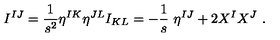
I ^ { I J } = \frac { 1 } { s ^ { 2 } } \eta ^ { I K } \eta ^ { J L } I _ { K L } = - \frac 1 s \ \eta ^ { I J } + 2 X ^ { I } X ^ { J } \ .